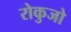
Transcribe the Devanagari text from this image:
रोकुजो